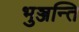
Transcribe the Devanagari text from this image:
भुञ्जन्ति